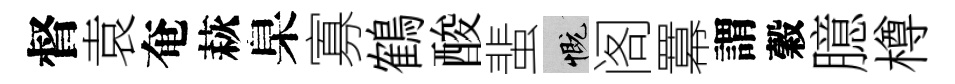
督袁奄萩臬寡鶴酸蜚慨阁羃謂穀臆樽